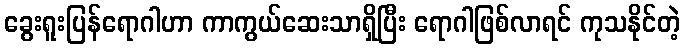
ခွေးရူးပြန်ရောဂါဟာ ကာကွယ်ဆေးသာရှိပြီး ရောဂါဖြစ်လာရင် ကုသနိုင်တဲ့